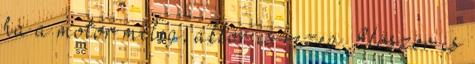
ha a motor meleg, akkor is rezeg. Először is